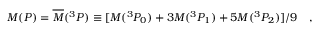
M ( P ) = \overline { { { M } } } ( ^ { 3 } P ) \equiv [ M ( ^ { 3 } P _ { 0 } ) + 3 M ( ^ { 3 } P _ { 1 } ) + 5 M ( ^ { 3 } P _ { 2 } ) ] / 9 ~ ~ ~ ,